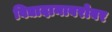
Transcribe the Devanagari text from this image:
विद्यादानाबरोबर